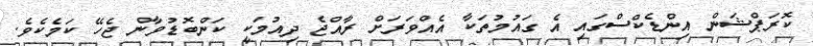
ކޮރަޕްޝަން އިންޑެކްސްގައި އެ ގައުމުތަކާ އެއްވަރަށް ރާއްޖެ ދިއުމަކީ ކަންބޮޑުވާން ޖެހޭ ކަމެކެވެ.